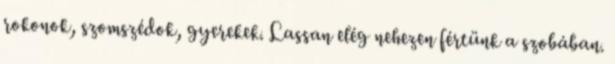
rokonok, szomszédok, gyerekek. Lassan elég nehezen fértünk a szobában.